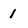
Character: 1